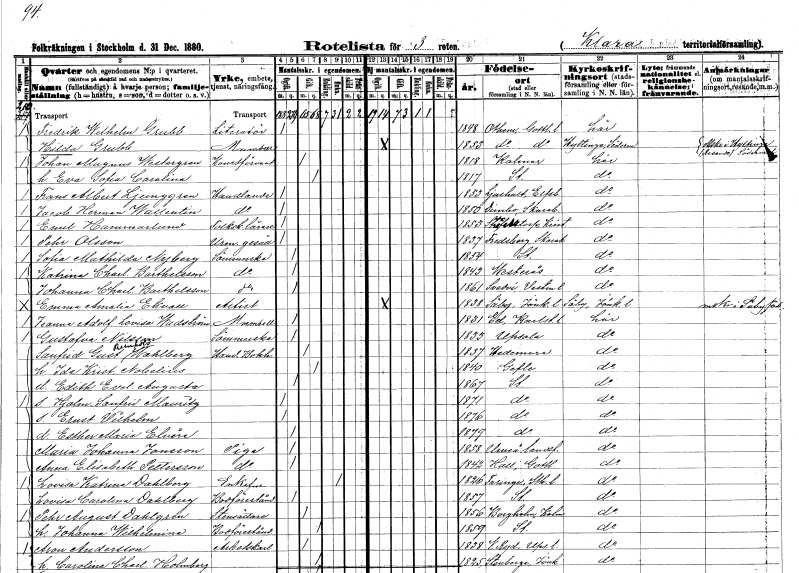
gt_parse: households: individuals: FN: Fredrik Wilhelm
EN: Grubb
YRKE: Litteratör
KON: M
CIV: O
FODAR: 1848
FODFORS: Othem Gotlands län
FN: Hilda
EN: Grubb
KON: K
CIV: O
FODAR: 1853
FODFORS: Othem Gotlands län
FN: Johan Magnus
EN: Westergren
YRKE: Konstförvandt
KON: M
CIV: G
FODAR: 1818
FODFORS: Kalmar Kalmar län
FN: Eva Sofia Carolina
KON: K
CIV: G
FODAR: 1817
FODFORS: Stockholm
FN: Frans Albert
EN: Ljunggren
YRKE: Handlande
KON: M
CIV: O
FODAR: 1853
FODFORS: Ljushult Älvsborgs län
FN: Jacob Herman
EN: Wallentin
YRKE: Handlande
KON: M
CIV: O
FODAR: 1850
FODFORS: Dimbo Skaraborgs län
FN: Emil
EN: Hammarlund
YRKE: Folkskolelärare
KON: M
CIV: O
FODAR: 1853
FODFORS: Strövelstorp Kristianstads län
FN: Pehr
EN: Olsson
YRKE: Urmakaregesäll
KON: M
CIV: O
FODAR: 1837
FODFORS: Fredsberg Skaraborgs län
FN: Sofia Mathilda
EN: Nyberg
YRKE: Sömmerska
KON: K
CIV: O
FODAR: 1854
FODFORS: Stockholm
FN: Katrina Charlotta
EN: Barthelsson
YRKE: Sömmerska
KON: K
CIV: O
FODAR: 1843
FODFORS: Västerås Västmanlands län
FN: Johanna Charlotta
EN: Barthelsson
YRKE: Sömmerska
KON: K
CIV: O
FODAR: 1861
FODFORS: Svedvi Västmanlands län
FN: Emma Amalia
EN: Ekvall
YRKE: Artist
KON: K
CIV: O
FODAR: 1838
FODFORS: Säby Jönköpings län
FN: Jeanne Adolfina Lovisa
EN: Wadström
KON: K
CIV: O
FODAR: 1831
FODFORS: Ed Värmlands län
FN: Gustafva
EN: Nilsson
YRKE: Sömmerska
KON: K
CIV: O
FODAR: 1833
FODFORS: Uppsala Uppsala län
FN: Sanfrid Gustaf Reinhold
EN: Wahlberg
YRKE: Handelsbokhållare
KON: M
CIV: G
FODAR: 1837
FODFORS: Hedemora Kopparbergs län
FN: Ida Kristina
EN: Nobelius
KON: K
CIV: G
FODAR: 1840
FODFORS: Gävle Gävleborgs län
FN: Edith Evelina Augusta
KON: K
CIV: O
FODAR: 1867
FODFORS: Stockholm
FN: Hjalmar Sanfrid Mauritz
KON: M
CIV: O
FODAR: 1871
FODFORS: Stockholm
FN: Ernst Vilhelm
KON: M
CIV: O
FODAR: 1876
FODFORS: Stockholm
FN: Esther Maria Elvira
KON: K
CIV: O
FODAR: 1879
FODFORS: Stockholm
FN: Maria Johanna
EN: Jonsson
YRKE: Piga
KON: K
CIV: O
FODAR: 1858
FODFORS: Umeå landsförsamling Västerbottens län
FN: Anna Elisabeth
EN: Pettersson
YRKE: Piga
KON: K
CIV: O
FODAR: 1842
FODFORS: Hall Gotlands län
FN: Lovisa Katrina
EN: Dahlberg
KON: K
CIV: E
FODAR: 1826
FODFORS: Turinge Stockholms län
FN: Lovisa Carolina
EN: Dahlberg
YRKE: Bodföreståndare
KON: K
CIV: O
FODAR: 1857
FODFORS: Stockholm
FN: Pehr August
EN: Dahlgren
YRKE: Stensättare
KON: M
CIV: G
FODAR: 1856
FODFORS: Borgholm Kalmar län
FN: Johanna Wilhelmina
YRKE: Bodföreståndare
KON: K
CIV: G
FODAR: 1859
FODFORS: Stockholm
FN: Aron
EN: Andersson
YRKE: Arbetskarl
KON: M
CIV: G
FODAR: 1838
FODFORS: Västra Ryd Stockholms län
FN: Carolina Charlotta
EN: Holmberg
KON: K
CIV: G
FODAR: 1825
FODFORS: Stenberga Jönköpings län